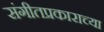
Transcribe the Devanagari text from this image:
संगीतप्रकाराच्या